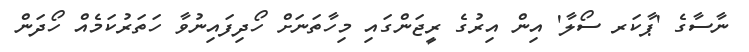
ނާސާގެ 'ޕާކަރ ސޯލާ' އިން އިރުގެ ރީޖަންގައި މިހާތަނަށް ހޯދިފައިނުވާ ހަތަރުކަމެއް ހޯދަން